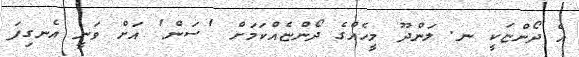
އެ ދޯންޏަކީ ނ. ލަންދޫ މީހެއްގެ ދޯންޏެއްކަމަށް 'ސަން' އަށް ވަނީ އެނގިފަ